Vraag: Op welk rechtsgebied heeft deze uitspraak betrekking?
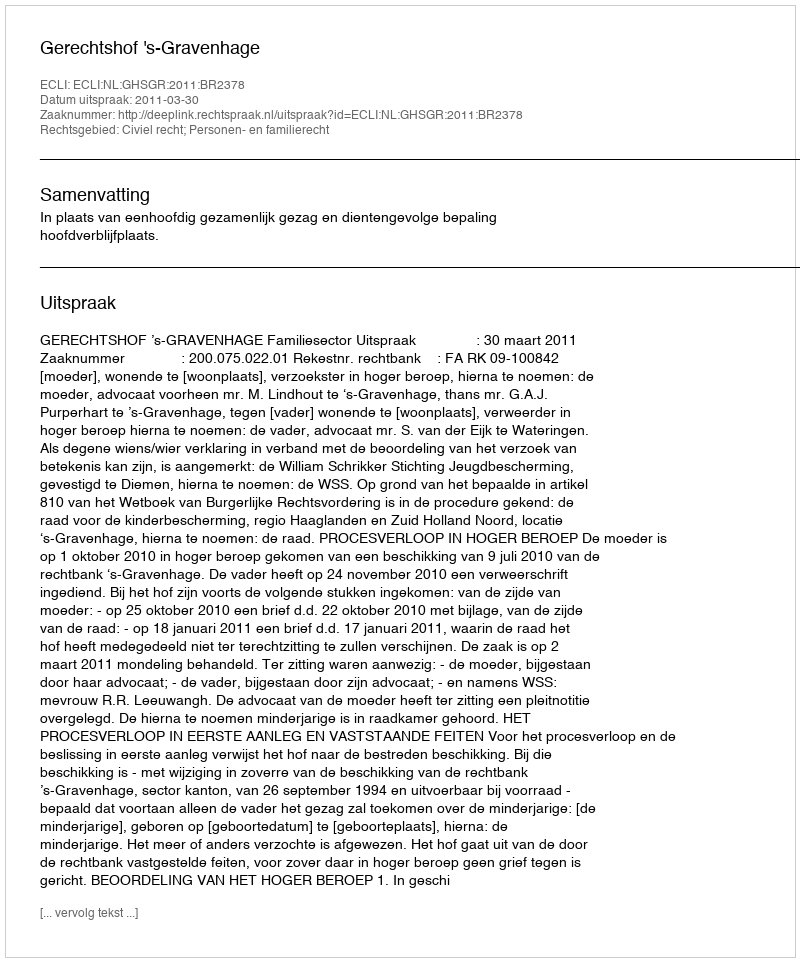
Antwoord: Civiel recht; Personen- en familierecht